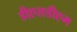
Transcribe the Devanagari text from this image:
डीएसडीएम